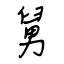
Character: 舅